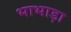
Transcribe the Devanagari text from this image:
भाभाड़ा